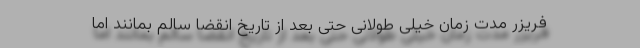
فریزر مدت زمان خیلی طولانی حتی بعد از تاریخ انقضا سالم بمانند اما